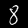
Label: 8